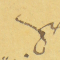
صح